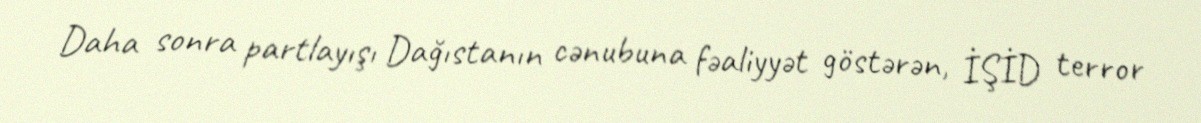
Daha sonra partlayışı Dağıstanın cənubuna fəaliyyət göstərən, İŞİD terror